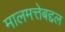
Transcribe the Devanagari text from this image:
मालमत्तेबद्दल